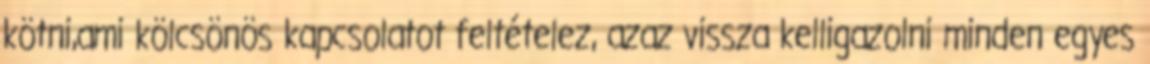
kötni,ami kölcsönös kapcsolatot feltételez, azaz vissza kelligazolni minden egyes